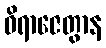
ဝိရာဇေတွာန